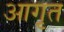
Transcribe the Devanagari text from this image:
आगृत